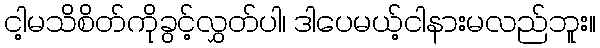
ငါ့မသိစိတ်ကိုခွင့်လွှတ်ပါ၊ ဒါပေမယ့်ငါနားမလည်ဘူး။